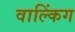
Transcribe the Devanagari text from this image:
वाल्किंग